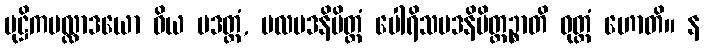
မုဋ္ဌိကမလ္လာဒယော ဝိယ မဒတ္ထံ, ဗလမဒနိမိတ္တံ ပေါရိသမဒနိမိတ္တဉ္စာတိ ဝုတ္တံ ဟောတိ။ န